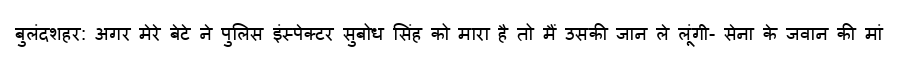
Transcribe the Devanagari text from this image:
बुलंदशहर: अगर मेरे बेटे ने पुलिस इंस्पेक्टर सुबोध सिंह को मारा है तो मैं उसकी जान ले लूंगी- सेना के जवान की मां